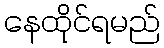
နေထိုင်ရမည်